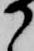
か